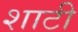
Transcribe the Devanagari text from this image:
शाटी